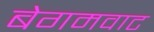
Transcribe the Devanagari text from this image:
बेगमवाट